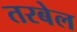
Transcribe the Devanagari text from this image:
तरबेल